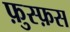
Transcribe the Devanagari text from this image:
फ़ुस्फ़स